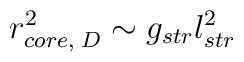
r_{core, \; D}^2 \sim g_{str} l_{str}^2